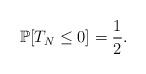
LaTeX: \begin{align*}\mathbb P[T_N\le 0]=\frac 12.\end{align*}